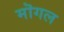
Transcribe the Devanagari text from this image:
मॊगल